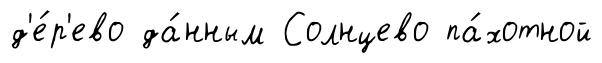
д'е́р'ево да́нным Солнцево па́хотной